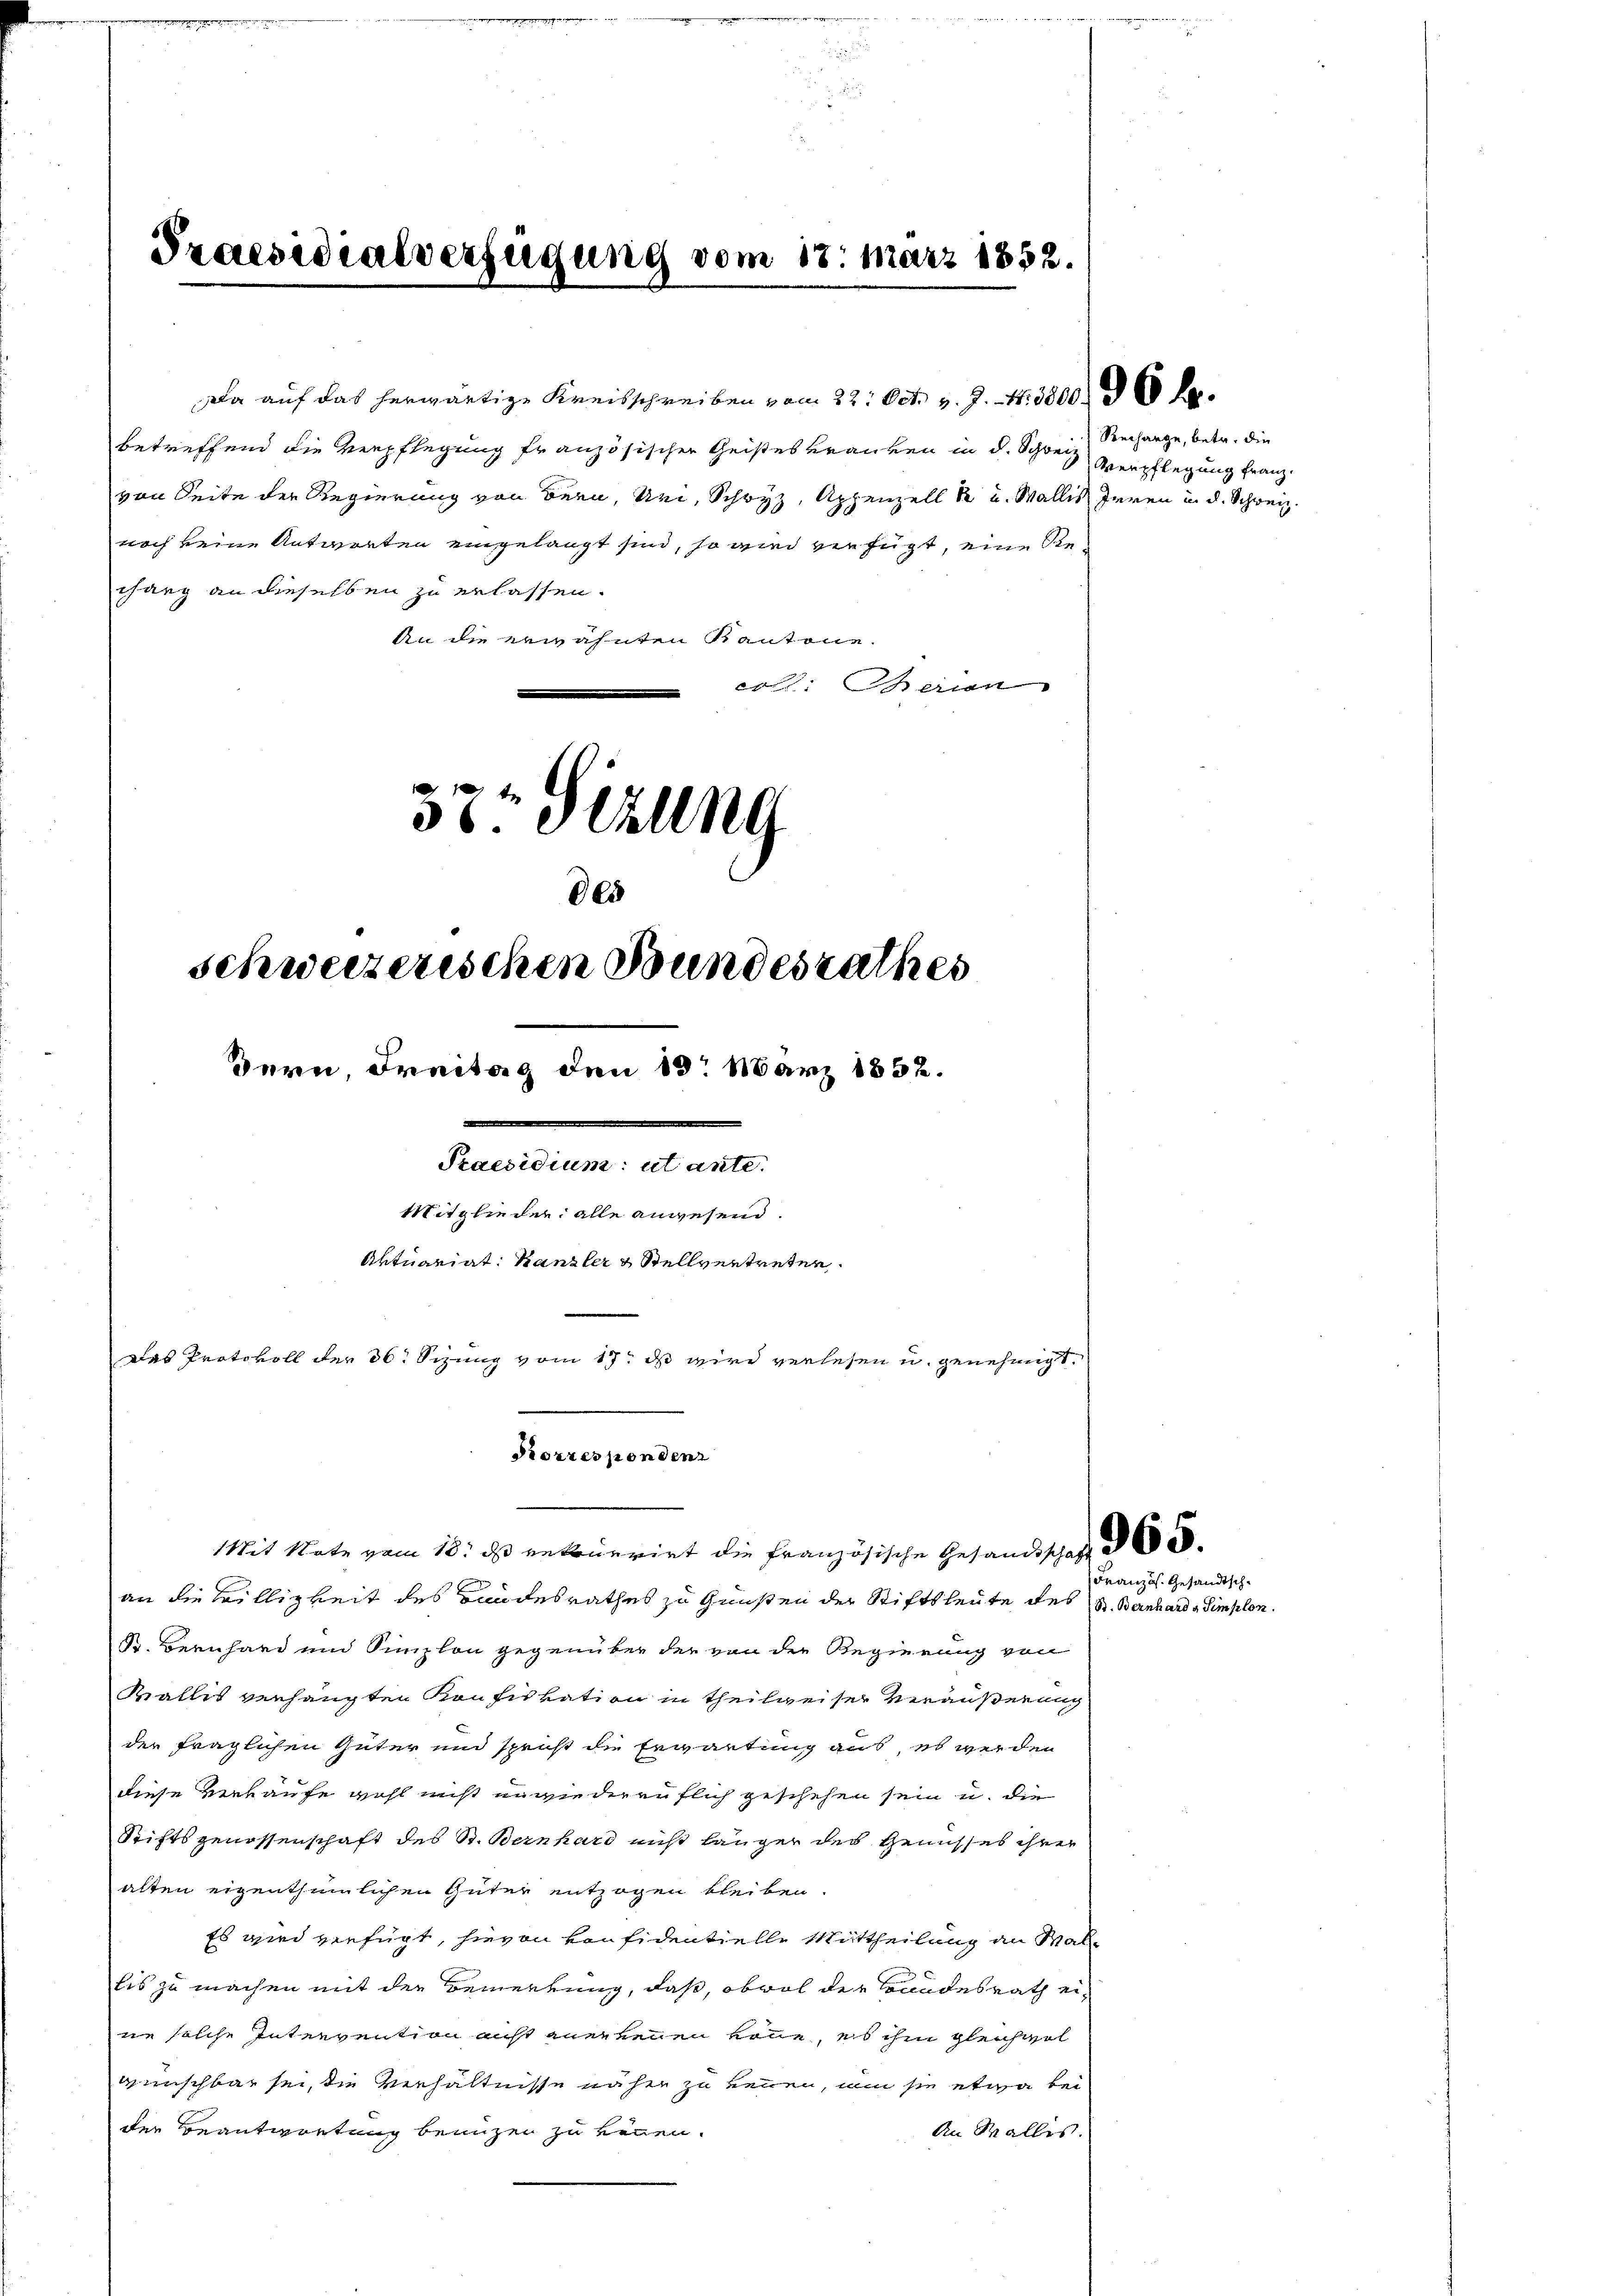
Da auf das herwärtige Kreisschreiben vom 22. Oct. v. J. 17. 3800. 300 l.
betreffend die Verpflegung französischer Geisteskranken in d. Schweiz
von Seite der Regierung von Bern, sei, Schwyz, Appenzell u. Wallis deren in d. Schweiz.
nach keine Antworten eingelangt sind, so wird verfügt, eine Bechang an dieselben zu erlassen.
An die erwähnten Kantone.
: ein

36. Stun

Praesidialverfügung vom 18. März 1852.

des
schweizerischen Bundesrathes
dern Freitag den 13. März 1852.
i
Praesidium ut ante.
Mitglieder alle angesend.
Aktuariat Kanzler & Stellvertreten.
.
Das Protokoll der 36 Sizung vom 17t ds wird verlesen u. genehmigt.

an die Billigkeit des Landesrathes zu Gunsten der Stiftsleute des St. Bernhard Simplon.
S. Bernhard und Sunzlon gegenüber der von die Regierung von
Wallis verhängten Konfiskation in theilweiser Veräußerung
der fraglichen Güter und spricht die Erwartung aus es werden
diese Verkäufe wohl nicht unwiederenflich geschehen sein u. die
Stiftsgenossenschaft des St. Bernhard nicht länger des Genusses ihrer
alten eigenthümlichen Güter entzogen bleiben.
Es wird verfügt, hievon von fidentielle Mittheilung an Malbis zu machen mit der Bemerkung, daß, obwol der Bundesrath eine solche Intervention nicht anerkennen könne, es ihm gleichwol
wünschbar sei, die Verhältnisse näher zu kennen, um sie etwa bei
der Beantwortung benuzen zu können.
An Wallis.

Korrespondenz
Mit Note vom 18. ds entruerirt die Französische Gesandtschaft de

Rechange, betr. die
Verpflegung franz.

Französ. Gesandtsch¬